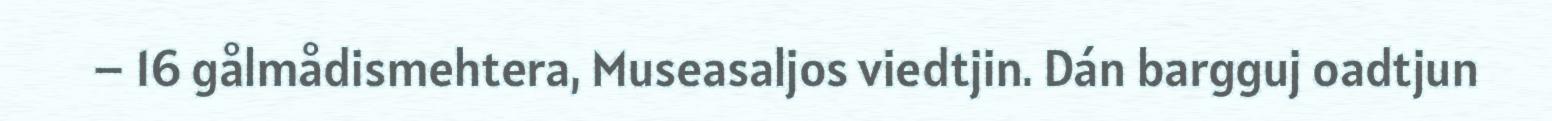
– 16 gålmådismehtera, Museasaljos viedtjin. Dán bargguj oadtjun